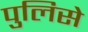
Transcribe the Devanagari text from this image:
पुलिसे